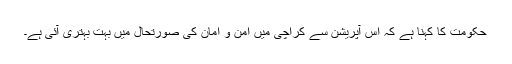
حکومت کا کہنا ہے کہ اس آپریشن سے کراچی میں امن و امان کی صورتحال میں بہت بہتری آئی ہے۔